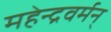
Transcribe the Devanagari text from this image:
महेन्द्रवर्मन्